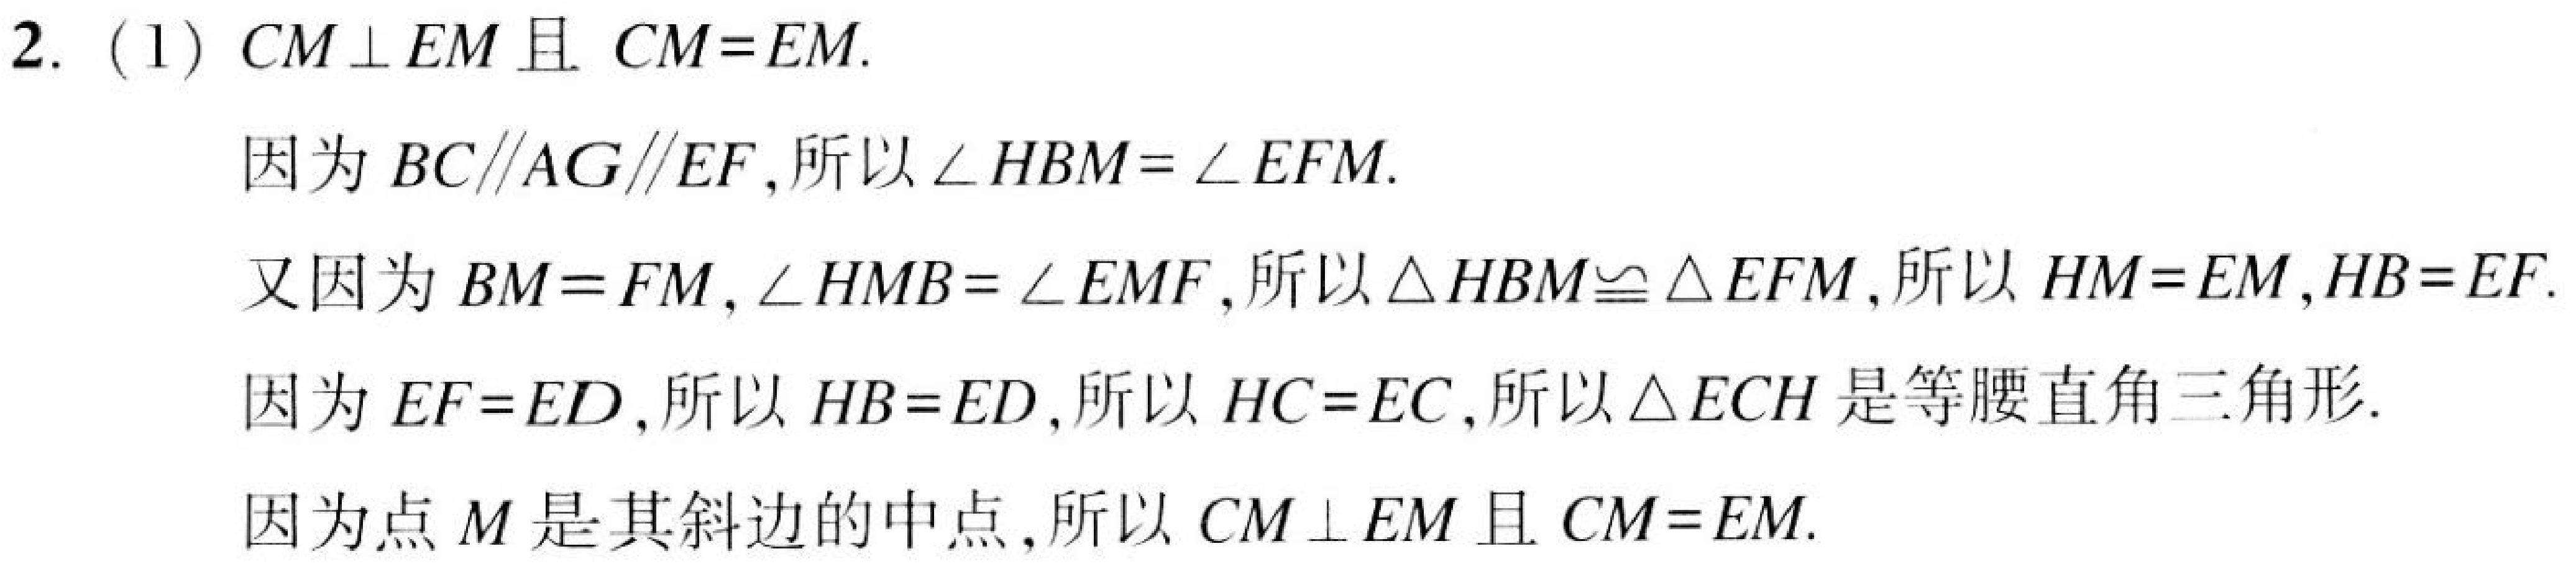
2. (1) \(CM\perp EM\)且 \(CM = EM\).
因为 \(BC\parallel AG\parallel EF\),所以 \(\angle HBM=\angle EFM\).
又因为 \(BM = FM\), \(\angle HMB=\angle EMF\),所以 \(\triangle HBM\cong\triangle EFM\),所以 \(HM = EM\), \(HB = EF\).
因为 \(EF = ED\),所以 \(HB = ED\),所以 \(HC = EC\),所以 \(\triangle ECH\)是等腰直角三角形.
因为点 \(M\)是其斜边的中点,所以 \(CM\perp EM\)且 \(CM = EM\).